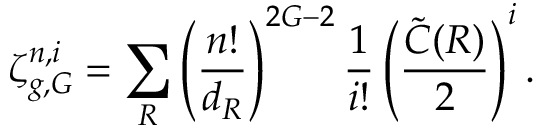
\zeta _ { g , G } ^ { n , i } = \sum _ { R } \left( \frac { n ! } { d _ { R } } \right) ^ { 2 G - 2 } { \frac { 1 } { i ! } } \left( \frac { \tilde { C } ( R ) } { 2 } \right) ^ { i } .